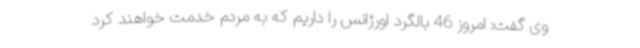
وی گفت: امروز 46 بالگرد اورژانس را داریم که به مردم خدمت خواهند کرد